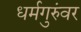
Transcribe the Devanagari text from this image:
धर्मगुरुंवर